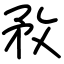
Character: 敄